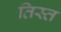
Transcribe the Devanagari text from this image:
तिस्‍त